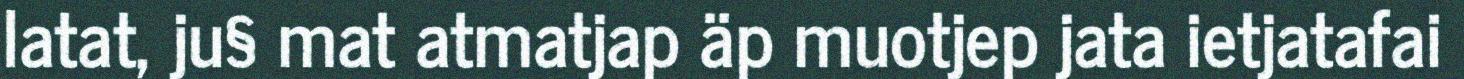
latat, ju§ mat atmatjap äp muotjep jata ietjatafai